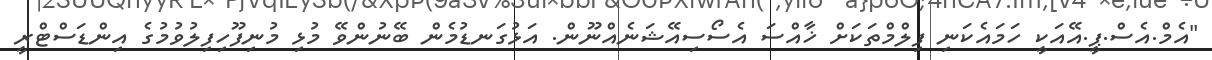
"އެމް.އެސް.ޕީ.އޭއަކީ ހަމައެކަނި ފިލްމްތަކަށް ޚާއްސަ އެސޯސިއޭޝަނެއްނޫން. އަޅުގަނޑުމެން ބޭނުންވޭ މުޅި މުނިފޫހިފިލުވުމުގެ އިންޑަސްޓްރީ